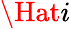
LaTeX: \Hat{i}